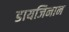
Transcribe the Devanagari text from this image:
डायजिनान